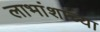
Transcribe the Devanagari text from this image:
लाभांशाच्या